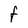
Character: F